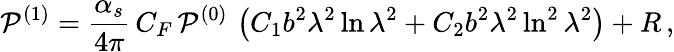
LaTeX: {\cal P}^{(1)}=\frac{\alpha_{s}}{4\pi}\, C_{F}\, {\cal P}^{(0)}\, \left(C_{1}b^{2}\lambda^{2}\ln\lambda^{2}+C_{2}b^{2}\lambda^{2}\ln^{2}\lambda^{2}\right)+R\, ,